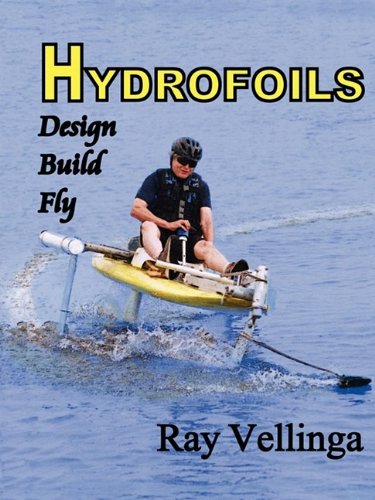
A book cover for Hydrofoils: Design, Build, Fly; Ray Vellinga; Science & Math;